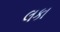
લકા